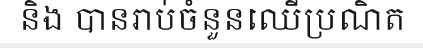
និង បានរាប់ចំនួនឈើប្រណិត